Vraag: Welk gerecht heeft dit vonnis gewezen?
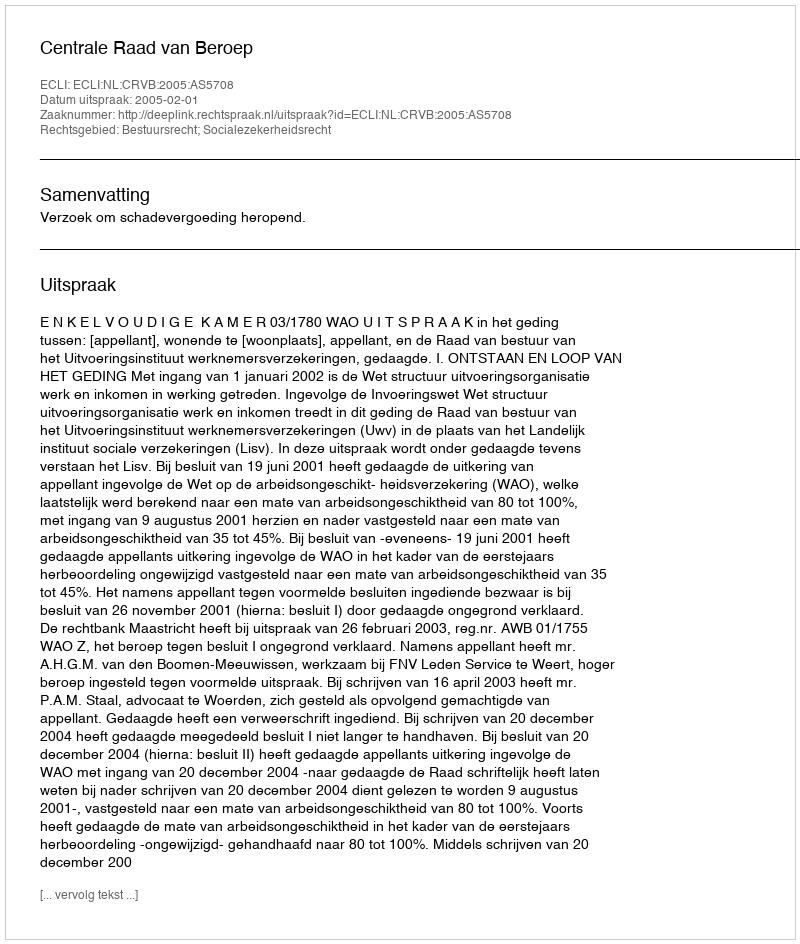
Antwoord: Centrale Raad van Beroep